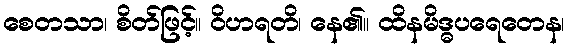
စေတသာ၊ စိတ်ဖြင့်။ ဝိဟရတိ၊ နေ၏။ ထိနမိဒ္ဓပရေတေန၊